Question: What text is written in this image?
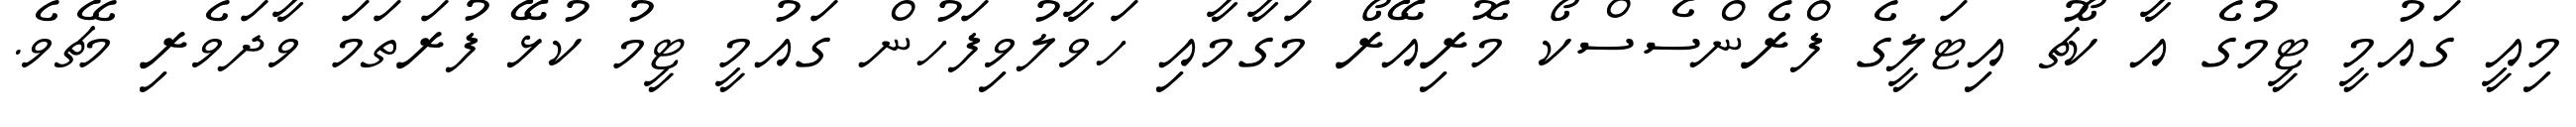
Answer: މިއީ ގައުމީ ޓީމުގެ އާ ކޯޗު އިޓަލީގެ ފްރެންސެސްކޯ މޮރިއޭރޯ މަގާމާއި ހަވާލުވިފަހުން ގައުމީ ޓީމު ކުޅޭ ފުރަތަމަ ވާދަވެރި މެޗެވެ.